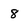
Character: 8